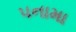
પનામા